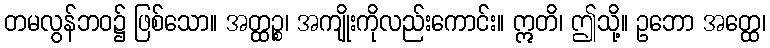
တမလွန်ဘဝ၌ ဖြစ်သော။ အတ္ထဉ္စ၊ အကျိုးကိုလည်းကောင်း။ ဣတိ၊ ဤသို့။ ဥဘော အတ္ထေ၊